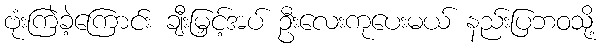
ဗုံးကြဲခဲ့ကြောင်း ချီးမြှင့်အပ် ဦးလေးကုပေးမယ် နည်းပြဘဝသို့